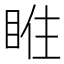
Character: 𥇁